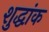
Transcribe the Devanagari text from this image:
शुद्धांक